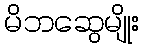
မိဘဆွေမျိုး